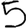
Digit: 5